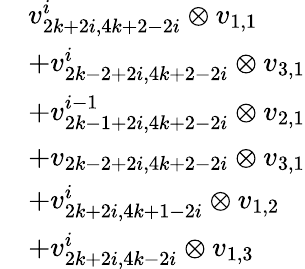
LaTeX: \begin{array}{rl}&{v_{2k+2i,4k+2-2i}^{i}\otimes v_{1,1}}\\ &{+v_{2k-2+2i,4k+2-2i}^{i}\otimes v_{3,1}}\\ &{+v_{2k-1+2i,4k+2-2i}^{i-1}\otimes v_{2,1}}\\ &{+v_{2k-2+2i,4k+2-2i}\otimes v_{3,1}}\\ &{+v_{2k+2i,4k+1-2i}^{i}\otimes v_{1,2}}\\ &{+v_{2k+2i,4k-2i}^{i}\otimes v_{1,3}}\end{array}